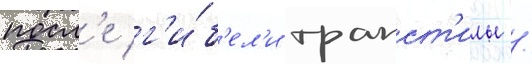
посл'е г'и́б'ел'и трапст'илы /